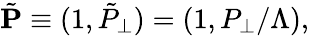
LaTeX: \tilde{\mathbf P}\equiv(1,\tilde{P}_{\perp})=(1,P_{\perp}/\Lambda),